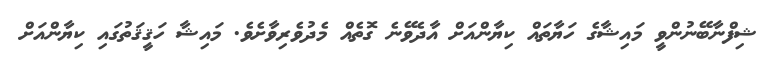
ޝިފްނާބޭނުންވީ މައިޝާގެ ހަޔާތައް ކިޔާންއަށް އާދެވޭނެ ގޮތެއް މެދުވެރިވާށެވެ. މައިޝާ ހަޤީޤަތުގައި ކިޔާންއަށް